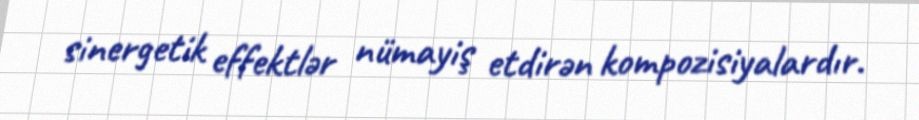
sinergetik effektlər nümayiş etdirən kompozisiyalardır.